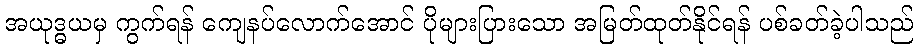
အယုဒ္ဓယမှ ကွက်ရန် ကျေနပ်လောက်အောင် ပိုများပြားသော အမြတ်ထုတ်နိုင်ရန် ပစ်ခတ်ခဲ့ပါသည်